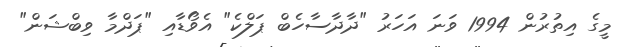
މީގެ އިތުރުން 1994 ވަނަ އަހަރު "ދާދާސާހެބް ޕަލްކެ" އެވޯޑާއި "ޕަދްމާ ވިބްޝަން"